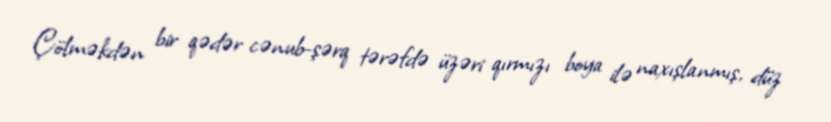
Çölməkdən bir qədər cənub-şərq tərəfdə üzəri qırmızı boya ilə naxışlanmış, düz